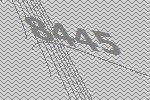
8445